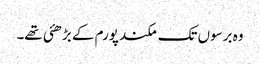
وہ برسوں تک مکند پورم کے بڑھئی تھے۔